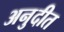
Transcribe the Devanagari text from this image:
अनुदीत